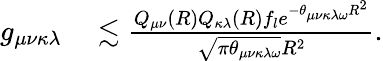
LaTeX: \begin{array}{rl}{g_{\mu\nu\kappa\lambda}}&{{}\lesssim\frac{Q_{\mu\nu}(R)Q_{\kappa\lambda}(R)f_{l}e^{-\theta_{\mu\nu\kappa\lambda\omega}R^{2}}}{\sqrt{\pi\theta_{\mu\nu\kappa\lambda\omega}}R^{2}}.}\end{array}